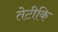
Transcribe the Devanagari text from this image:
तेटीकि